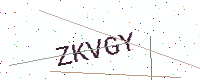
Text: ZKVGY